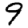
Digit: 9